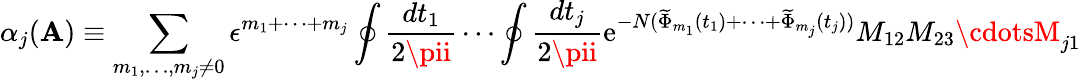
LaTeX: \alpha_{j}(\mathbf{A})\equiv\sum_{m_{1},\ldots,m_{j}\neq0}\epsilon^{m_{1}+\cdots+m_{j}}\oint\frac{{dt_{1}}}{{2\pii}}\cdots\oint\frac{{dt_{j}}}{{2\pii}}\mathrm{{e}}^{-N(\widetilde{{\Phi}}_{m_{1}}(t_{1})+\cdots+\widetilde{{\Phi}}_{m_{j}}(t_{j}))}M_{12}M_{23}\cdotsM_{j1}